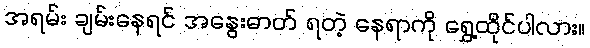
အရမ်း ချမ်းနေရင် အနွေးဓာတ် ရတဲ့ နေရာကို ရွှေ့ထိုင်ပါလား။